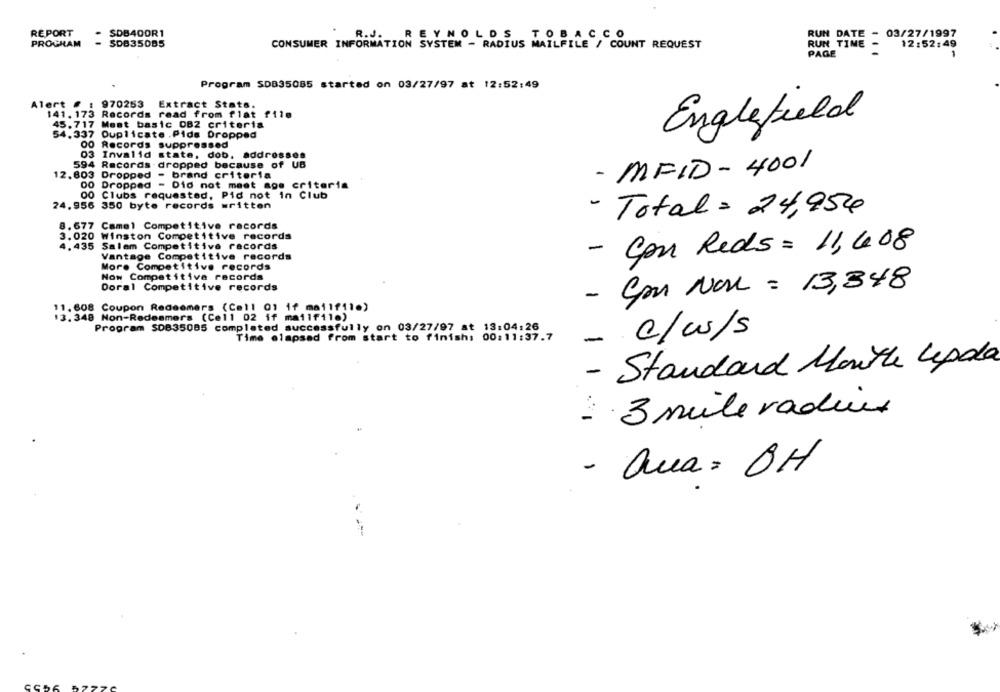
REPORT
SDB400R1
R.J.
REYNOLDS
TOBACCO
RUN DATE - 03/27/1997
PROGRAM
50835085
CONSUMER INFORMATION SYSTEM - RADIUS MAILFILE / COUNT REQUEST
RUN TIME -
12:52:49
PAGE
-
Program SDB35085 started on 03/27/97 at 12:52:49
Alert # : 970253
Extract Stata.
141. 173 Records read from flat file
45. 717 Mest basic 0B2 criteria
Englefield
54.337 Duplicate .Pida Dropped
00 Records suppressed
03 Invalid state, dob. addresses
594 Records dropped because of UB
- MFID - 4001
12.803 Dropped - brand criteria
DO Dropped - Did not meet age criteria
00 Clubs requested, Pid not in Club
24.956 350 byte records written
- Total = 24,954
8.677 Camel Competitive records
3.020 Winston Competitive records
4.435
Salem Competitive records
- Con Reds = 11,408
Vantage Competitive records
More Competitive records
Now Competitive records
Doral Competitive records
- Con NOL = 13,348
11.608 Coupon Redeemers (Call 01 if mai1f11.)
13.348 Non-Redeamers (Ce11 02 if mailfile)
Program SDB35085 completed successfully on 03/27/97 at 13:04:26
Time elapsed from start to finish: 00:11:37.7
- c/c/s
- Standard Month Upda
- 3 mile radius
- ana = BH